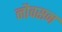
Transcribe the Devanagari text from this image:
नौवसन